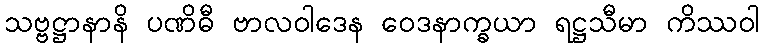
သဗ္ဗဋ္ဌာနာနိ ပဏိဓီ ဗာလဝါဒေန ဝေဒနာက္ခယာ ရဋ္ဌသီမာ ကိဿဝါ